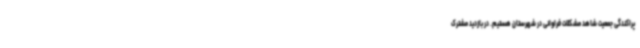
پراکندگی جمعیت شاهد مشکلات فراوانی در شهرستان هستیم. در بازدید مشترک